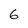
Character: 6